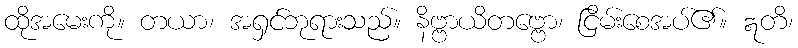
ထိုအမေးကို။ တယာ၊ အရှင်ဘုရားသည်။ နိဗ္ဗာယိတဗ္ဗော၊ ငြိမ်းစေအပ်၏။ ဣတိ၊